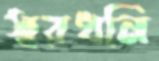
স্বরধনি